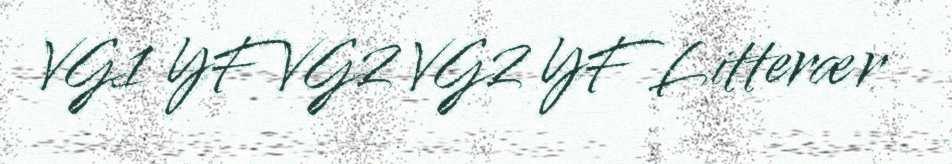
VG1 YF VG2 VG2 YF Litterær